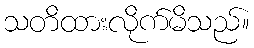
သတိထားလိုက်မိသည်။